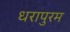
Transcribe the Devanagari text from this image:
धरापुरम